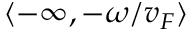
\langle - \infty , - \omega / v _ { F } \rangle